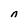
Character: n